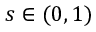
s \in ( 0 , 1 )